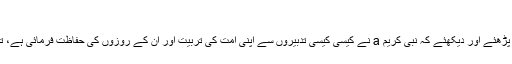
‘‘
ان احادیث کو اپنے روزوں کا جائزہ لینے کی غرض سے دوبارہ غور سے پڑھئے اور دیکھئے کہ نبی کریم a نے کیسی کیسی تدبیروں سے اپنی اُمت کی تربیت اور ان کے روزوں کی حفاظت فرمائی ہے، تاکہ روزوں کا خاطر خواہ فائدہ تقویٰ اور پرہیز گاری کی تربیت حاصل ہو۔